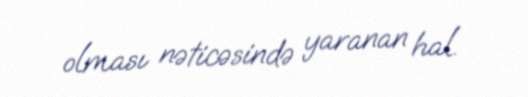
olması nəticəsində yaranan hal.